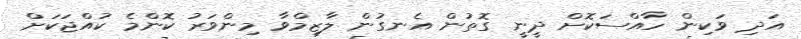
އަދި ވަކިން ހާއްސަކޮށް ދީނީ ގޮތުން އެނގުން ލާޒިމްވާ މިންވަރު ކޮންމެ ކުއްޖަކަށް